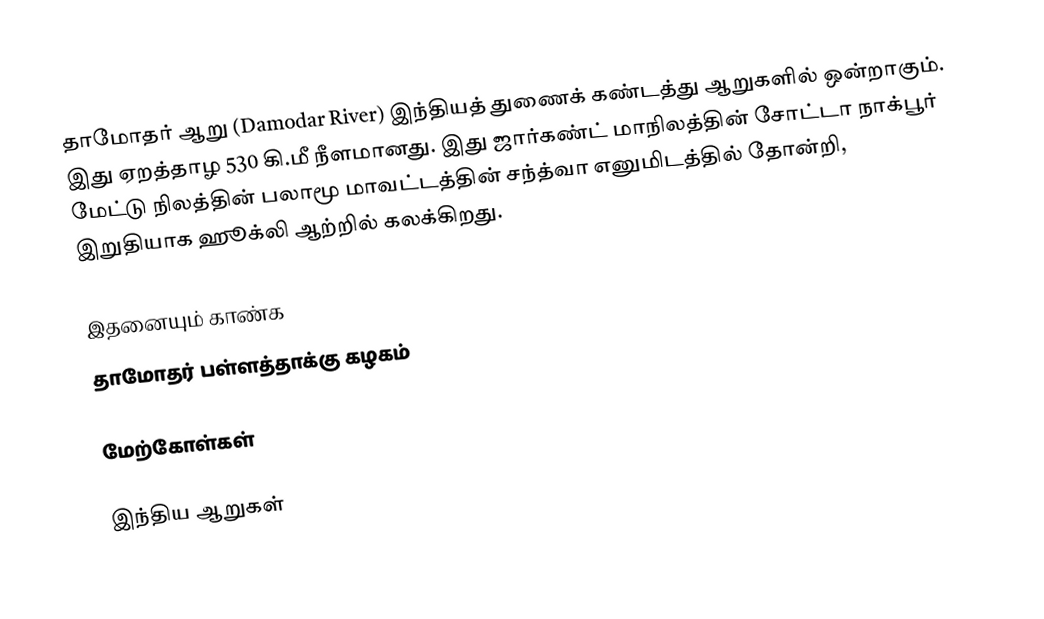
தாமோதர் ஆறு (Damodar River) இந்தியத் துணைக் கண்டத்து ஆறுகளில் ஒன்றாகும். இது ஏறத்தாழ 530 கி.மீ நீளமானது. இது ஜார்கண்ட் மாநிலத்தின்  சோட்டா நாக்பூர் மேட்டு நிலத்தின் பலாமூ மாவட்டத்தின் சந்த்வா எனுமிடத்தில் தோன்றி, இறுதியாக ஹூக்லி ஆற்றில் கலக்கிறது.

இதனையும் காண்க
 தாமோதர் பள்ளத்தாக்கு கழகம்

மேற்கோள்கள்

இந்திய ஆறுகள்